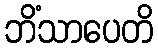
ဘိံသာပေတိ